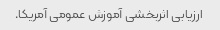
ارزیابی اثربخشی آموزش عمومی آمریکا.